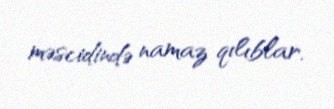
məscidində namaz qılıblar.